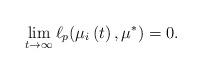
LaTeX: \begin{align*}\lim_{t\rightarrow\infty}\ell_{p}(\mu_{i}\left(t\right),\mu^{\ast})=0.\end{align*}